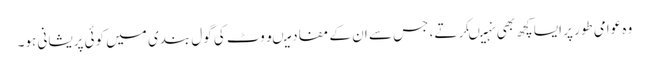
وہ عوامی طور پر ایسا کچھ بھی نہیںکرتے، جس سے ان کے مفاد میںووٹ کی گول بندی میں کوئی پریشانی ہو۔